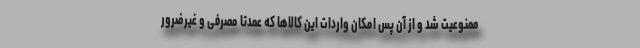
ممنوعیت شد و از آن پس امکان واردات این کالاها که عمدتا مصرفی و غیرضرور